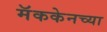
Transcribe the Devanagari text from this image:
मॅककेनच्या